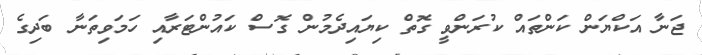
ޖަނާ އަކްޔަން ކަންތައް ކުރަންވީ ގޮތް ކިޔައިދެމުން ގޮސް ކައުންޓަރާއި ހަމަވިތަނާ ބަދިގެ